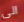
الى